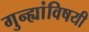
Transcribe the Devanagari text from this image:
गुन्ह्यांविषयी